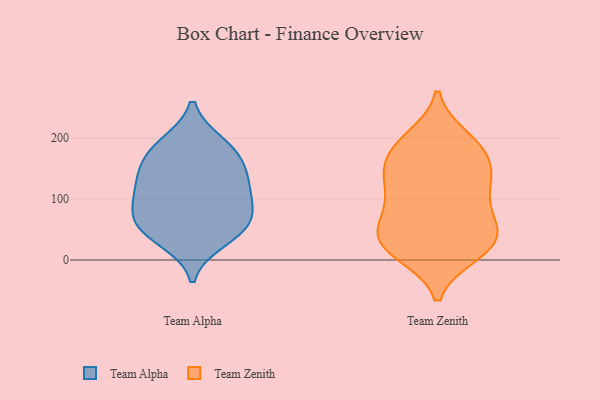
{"axis": {"x": "Conversion Rate (%)", "y": "Value"}, "legend": ["Team Alpha", "Team Zenith"], "data": [{"x": "", "y": 120, "type": "Team Alpha"}, {"x": "", "y": 159, "type": "Team Alpha"}, {"x": "", "y": 185, "type": "Team Alpha"}, {"x": "", "y": 154, "type": "Team Alpha"}, {"x": "", "y": 61, "type": "Team Alpha"}, {"x": "", "y": 55, "type": "Team Alpha"}, {"x": "", "y": 120, "type": "Team Alpha"}, {"x": "", "y": 190, "type": "Team Alpha"}, {"x": "", "y": 105, "type": "Team Alpha"}, {"x": "", "y": 82, "type": "Team Alpha"}, {"x": "", "y": 33, "type": "Team Alpha"}, {"x": "", "y": 55, "type": "Team Alpha"}, {"x": "", "y": 112, "type": "Team Zenith"}, {"x": "", "y": 30, "type": "Team Zenith"}, {"x": "", "y": 157, "type": "Team Zenith"}, {"x": "", "y": 12, "type": "Team Zenith"}, {"x": "", "y": 131, "type": "Team Zenith"}, {"x": "", "y": 48, "type": "Team Zenith"}, {"x": "", "y": 10, "type": "Team Zenith"}, {"x": "", "y": 71, "type": "Team Zenith"}, {"x": "", "y": 76, "type": "Team Zenith"}, {"x": "", "y": 200, "type": "Team Zenith"}, {"x": "", "y": 68, "type": "Team Zenith"}, {"x": "", "y": 22, "type": "Team Zenith"}, {"x": "", "y": 184, "type": "Team Zenith"}, {"x": "", "y": 193, "type": "Team Zenith"}, {"x": "", "y": 121, "type": "Team Zenith"}, {"x": "", "y": 34, "type": "Team Zenith"}, {"x": "", "y": 181, "type": "Team Zenith"}, {"x": "", "y": 150, "type": "Team Zenith"}, {"x": "", "y": 31, "type": "Team Zenith"}, {"x": "", "y": 134, "type": "Team Zenith"}]}